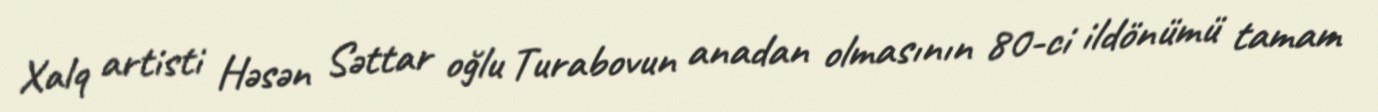
Xalq artisti Həsən Səttar oğlu Turabovun anadan olmasının 80-ci ildönümü tamam